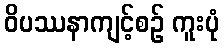
ဝိပဿနာကျင့်စဉ် ကူးပုံ